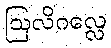
ဩလိဂလ္လေ